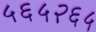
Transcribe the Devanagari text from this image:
५६५२६५